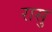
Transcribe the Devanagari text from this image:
रासु